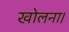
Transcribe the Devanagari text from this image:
खोलना।